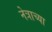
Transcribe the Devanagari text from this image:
नेत्राच्या